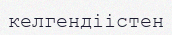
келгендіістен